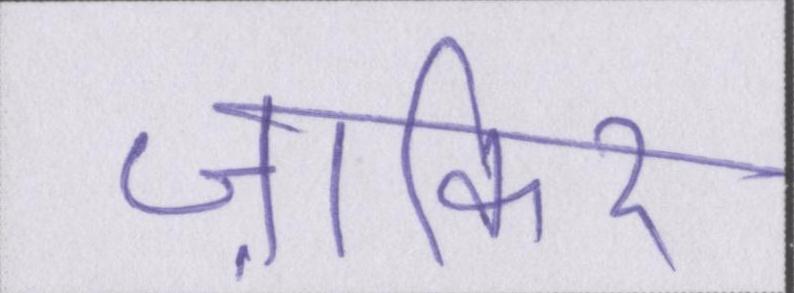
ज़ाकिर